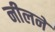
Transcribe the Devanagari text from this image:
नीलने